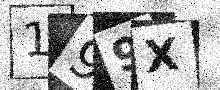
Text: 199X